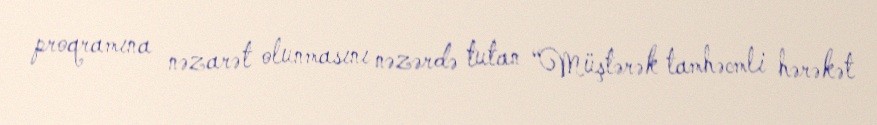
proqramına nəzarət olunmasını nəzərdə tutan “Müştərək tamhəcmli hərəkət